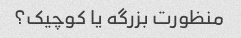
منظورت بزرگه یا کوچیک؟